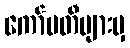
ကော်မတီများမှ